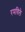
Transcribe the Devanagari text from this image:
रमविले